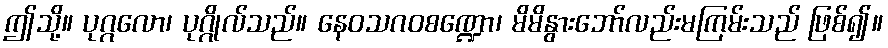
ဤသို့။ ပုဂ္ဂလော၊ ပုဂ္ဂိုလ်သည်။ နေဝသဂဝစဏ္ဍော၊ မိမိနွားဘော်လည်းမကြမ်းသည် ဖြစ်၍။